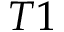
T 1